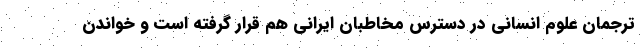
ترجمان علوم انسانی در دسترس مخاطبان ایرانی هم قرار گرفته است و خواندن